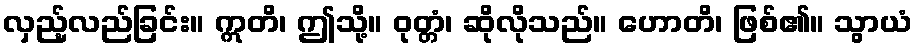
လှည့်လည်ခြင်း။ ဣတိ၊ ဤသို့။ ဝုတ္တံ၊ ဆိုလိုသည်။ ဟောတိ၊ ဖြစ်၏။ သွာယံ